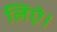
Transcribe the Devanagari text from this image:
लिऐ।